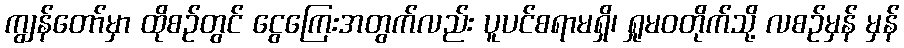
ကျွန်တော်မှာ ထိုစဉ်တွင် ငွေကြေးအတွက်လည်း ပူပင်စရာမရှိ၊ ရှုမဝတိုက်သို့ လစဉ်မှန် မှန်